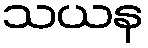
သယန